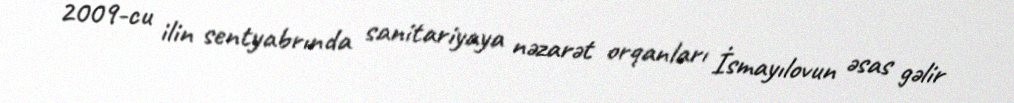
2009-cu ilin sentyabrında sanitariyaya nəzarət orqanları İsmayılovun əsas gəlir